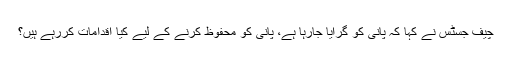
چیف جسٹس نے کہا کہ پانی کو گرایا جارہا ہے، پانی کو محفوظ کرنے کے لیے کیا اقدامات کررہے ہیں؟